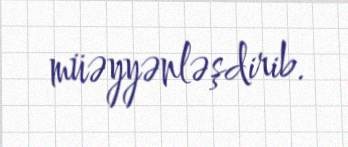
müəyyənləşdirib.